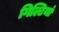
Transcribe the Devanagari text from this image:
गिल्टियां